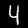
Digit: 4